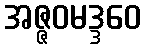
အဇ္ဇဝမဒ္ဒဝေ